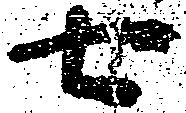
七